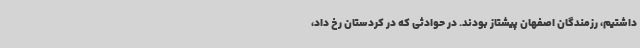
داشتیم، رزمندگان اصفهان پیشتاز بودند. در حوادثی که در کردستان رخ داد،